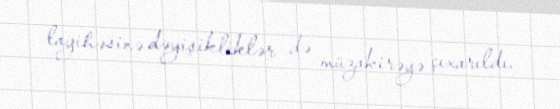
layihəsinə dəyişikliklər də müzakirəyə çıxarıldı.